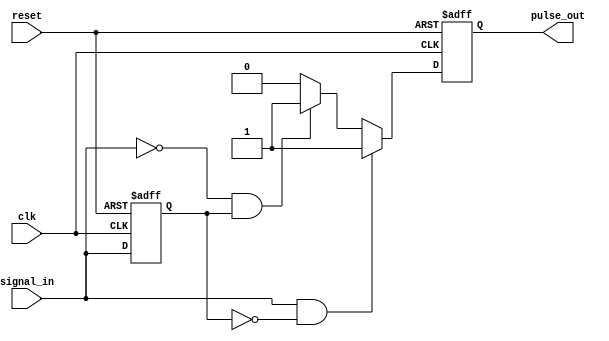
module pulse_edge_detector (
    input wire clk,              // Clock signal
    input wire reset,            // Asynchronous reset
    input wire signal_in,        // Input signal to detect edges
    output reg pulse_out         // Output pulse signal
);

    // Memory block to hold the previous state of the input signal
    reg previous_state;

    // Asynchronous reset and edge detection logic
    always @(posedge clk or posedge reset) begin
        if (reset) begin
            previous_state <= 1'b0; // Initialize previous state to low
            pulse_out <= 1'b0;      // Initialize pulse output to low
        end else begin
            // Edge detection logic
            if (signal_in && !previous_state) begin
                // Rising edge detected
                pulse_out <= 1'b1; // Generate pulse for rising edge
            end else if (!signal_in && previous_state) begin
                // Falling edge detected
                pulse_out <= 1'b1; // Generate pulse for falling edge
            end else begin
                pulse_out <= 1'b0; // No edge detected, keep pulse low
            end
            
            // Update the previous state with the current input signal
            previous_state <= signal_in;
        end
    end

endmodule